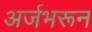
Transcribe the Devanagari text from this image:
अर्जभरून